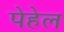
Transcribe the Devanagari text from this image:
पेहेल